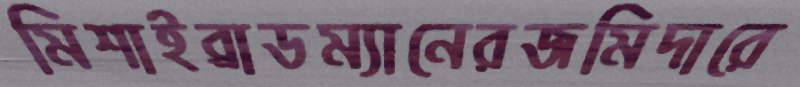
মিশাইব্রাডম্যানেরজমিদারে